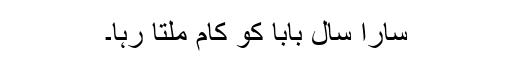
سارا سال بابا کو کام ملتا رہا۔